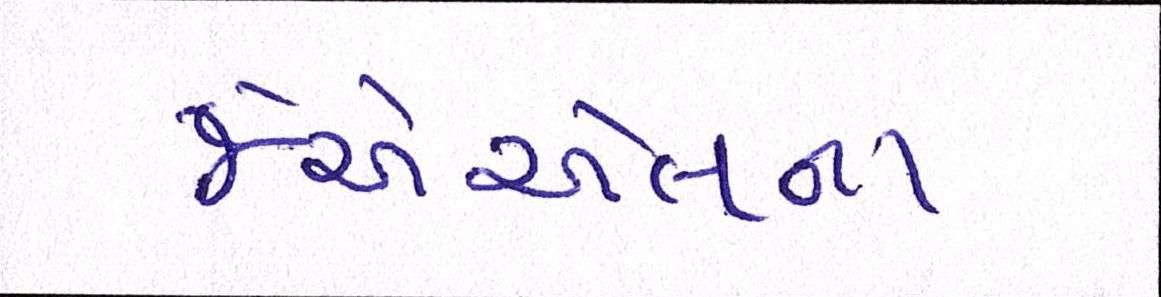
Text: જેએએલના